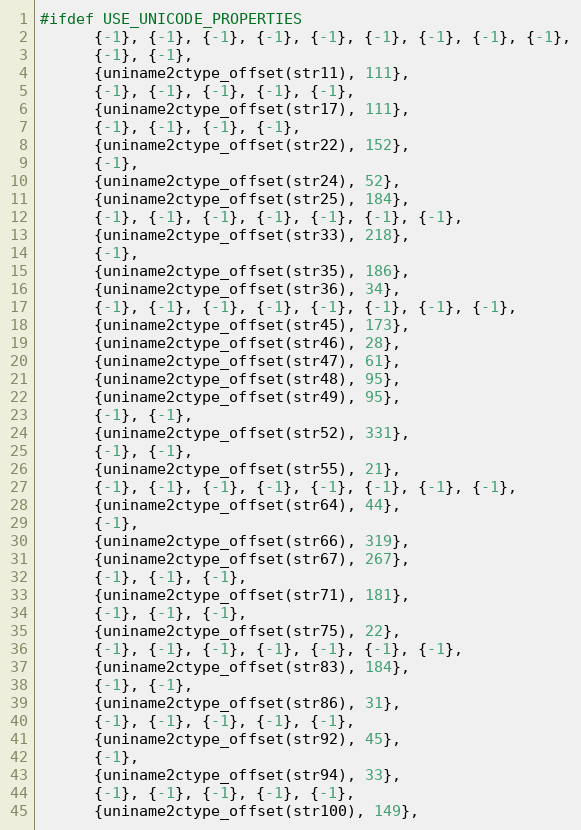
Language: C
#ifdef USE_UNICODE_PROPERTIES
      {-1}, {-1}, {-1}, {-1}, {-1}, {-1}, {-1}, {-1}, {-1},
      {-1}, {-1},
      {uniname2ctype_offset(str11), 111},
      {-1}, {-1}, {-1}, {-1}, {-1},
      {uniname2ctype_offset(str17), 111},
      {-1}, {-1}, {-1}, {-1},
      {uniname2ctype_offset(str22), 152},
      {-1},
      {uniname2ctype_offset(str24), 52},
      {uniname2ctype_offset(str25), 184},
      {-1}, {-1}, {-1}, {-1}, {-1}, {-1}, {-1},
      {uniname2ctype_offset(str33), 218},
      {-1},
      {uniname2ctype_offset(str35), 186},
      {uniname2ctype_offset(str36), 34},
      {-1}, {-1}, {-1}, {-1}, {-1}, {-1}, {-1}, {-1},
      {uniname2ctype_offset(str45), 173},
      {uniname2ctype_offset(str46), 28},
      {uniname2ctype_offset(str47), 61},
      {uniname2ctype_offset(str48), 95},
      {uniname2ctype_offset(str49), 95},
      {-1}, {-1},
      {uniname2ctype_offset(str52), 331},
      {-1}, {-1},
      {uniname2ctype_offset(str55), 21},
      {-1}, {-1}, {-1}, {-1}, {-1}, {-1}, {-1}, {-1},
      {uniname2ctype_offset(str64), 44},
      {-1},
      {uniname2ctype_offset(str66), 319},
      {uniname2ctype_offset(str67), 267},
      {-1}, {-1}, {-1},
      {uniname2ctype_offset(str71), 181},
      {-1}, {-1}, {-1},
      {uniname2ctype_offset(str75), 22},
      {-1}, {-1}, {-1}, {-1}, {-1}, {-1}, {-1},
      {uniname2ctype_offset(str83), 184},
      {-1}, {-1},
      {uniname2ctype_offset(str86), 31},
      {-1}, {-1}, {-1}, {-1}, {-1},
      {uniname2ctype_offset(str92), 45},
      {-1},
      {uniname2ctype_offset(str94), 33},
      {-1}, {-1}, {-1}, {-1}, {-1},
      {uniname2ctype_offset(str100), 149},